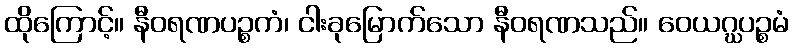
ထိုကြောင့်။ နီဝရဏပဉ္စကံ၊ ငါးခုမြောက်သော နီဝရဏသည်။ ဝေယဂ္ဃပဉ္စမံ